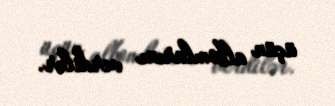
üçün albomlarını verdilər.